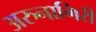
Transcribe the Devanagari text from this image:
अरुनागिरी